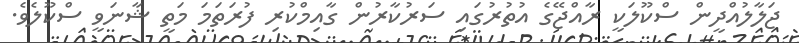
ޖަލާލުއްދީން ސްކޫލަކީ ރާއްޖޭގެ އުތުރުގައި ސަރުކާރުން ގާއިމްކުރި ފުރަތަމަ މަތީ ޝާނަވީ ސްކޫލެވެ.